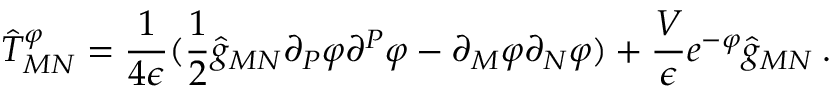
\hat { T } _ { M N } ^ { \varphi } = { \frac { 1 } { 4 \epsilon } } ( \frac { 1 } { 2 } \hat { g } _ { M N } \partial _ { P } \varphi \partial ^ { P } \varphi - \partial _ { M } \varphi \partial _ { N } \varphi ) + \frac { V } { \epsilon } e ^ { - \varphi } \hat { g } _ { M N } \: .